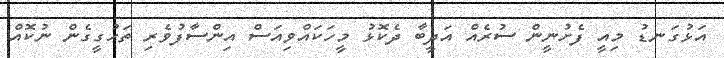
އަޅުގަނޑު މިއީ ފެށުނީން ސުރެއް އަދީބާ ދެކޮޅު މީހަކައްވިއަސް އިންސާފުވެރި ތަހުގީގެން ނުކޮއް